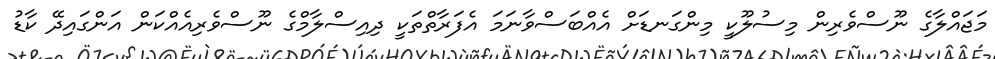
މަޖައްލާގެ ނޫސްވެރިން މިސުލޫކީ މިންގަނޑަށް އެއްބަސްވާނަމަ އެފަރާތްތަކީ ދިއިސްލާމްގެ ނޫސްވެރިއެއްކަން އަންގައިދޭ ކާޑު